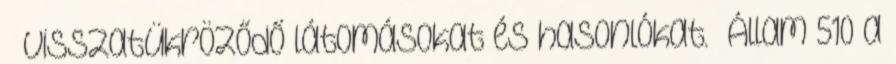
visszatükröződő látomásokat és hasonlókat.” Állam 510 a